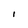
Character: I